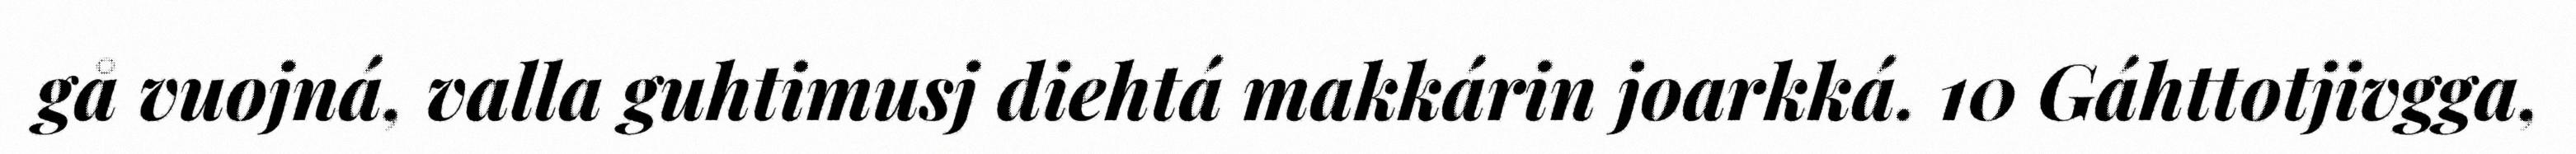
gå vuojná, valla guhtimusj diehtá makkárin joarkká. 10 Gáhttotjivgga,